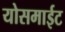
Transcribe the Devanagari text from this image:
योसमाईट